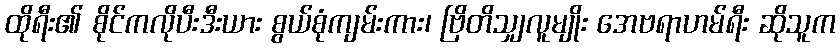
ထိုရီး၏ စိုင်ကလိုပီးဒီးယား စွယ်စုံကျမ်းကား၊ ဗြိတိသျှလူမျိုး အေဗရာဟမ်ရီး ဆိုသူက